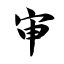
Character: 审